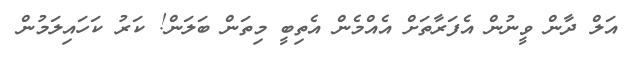
އަލް ދާން ވީނުން އެފަރާތަށް އެއްމެން އެތިބީ މިތަން ބަލަން! ކަރު ކަހައިލަމުން